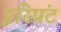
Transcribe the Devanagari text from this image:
इस्प्रिंट